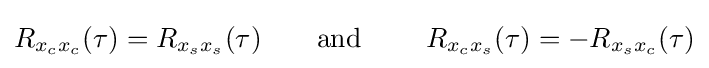
R_{x_{c}x_{c}}(\tau )=R_{x_{s}x_{s}}(\tau )\qquad {\text{and  }}\qquad R_{x_{c}x_{s}}(\tau )=-R_{x_{s}x_{c}}(\tau )